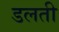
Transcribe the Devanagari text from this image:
डलती